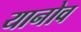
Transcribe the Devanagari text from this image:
यानोव